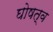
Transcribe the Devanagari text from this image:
घोषत्व